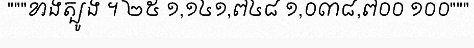
"""ខាងត្បូង ។ ២៥ ១,១៤១,៧៤៨ ១,០៣៨,៧០០ ១០០"""